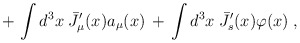
\begin{align*}+\, \int d^3x \; {\bar J}'_\mu(x) a_\mu(x) \,+\,\int d^3 x \; {\bar J}'_s(x)\varphi(x) \;,\end{align*}